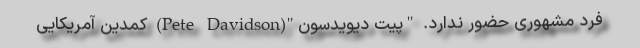
فرد مشهوری حضور ندارد. "پیت دیویدسون"(Pete Davidson) کمدین آمریکایی